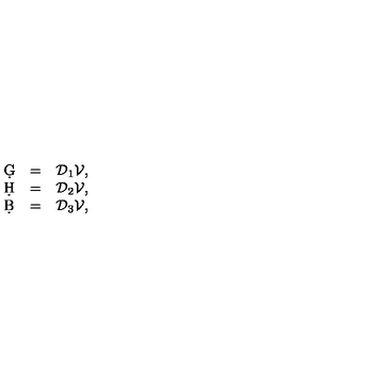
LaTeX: \begin{array} { l l l } { \d G } & { = } & { { \cal D } _ { 1 } { \cal V } , } \\ { \d H } & { = } & { { \cal D } _ { 2 } { \cal V } , } \\ { \d B } & { = } & { { \cal D } _ { 3 } { \cal V } , } \\ \end{array}